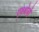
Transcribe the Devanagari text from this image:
एश्थेरो